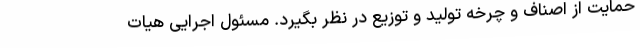
حمایت از اصناف و چرخه تولید و توزیع در نظر بگیرد. مسئول اجرایی هیات